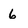
Character: 6